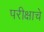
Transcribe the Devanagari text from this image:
परीक्षाचे